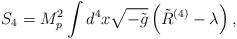
LaTeX: \begin{align*}S_4 = M_p ^2\int d^4 x\sqrt{-\tilde{g}}\left( \tilde{R}^{(4)} -\lambda\right) ,\end{align*}